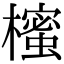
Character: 櫁